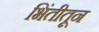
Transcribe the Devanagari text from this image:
भिंतीतून